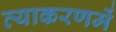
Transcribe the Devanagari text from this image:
व्याकरणमें